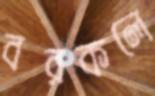
বরকলে